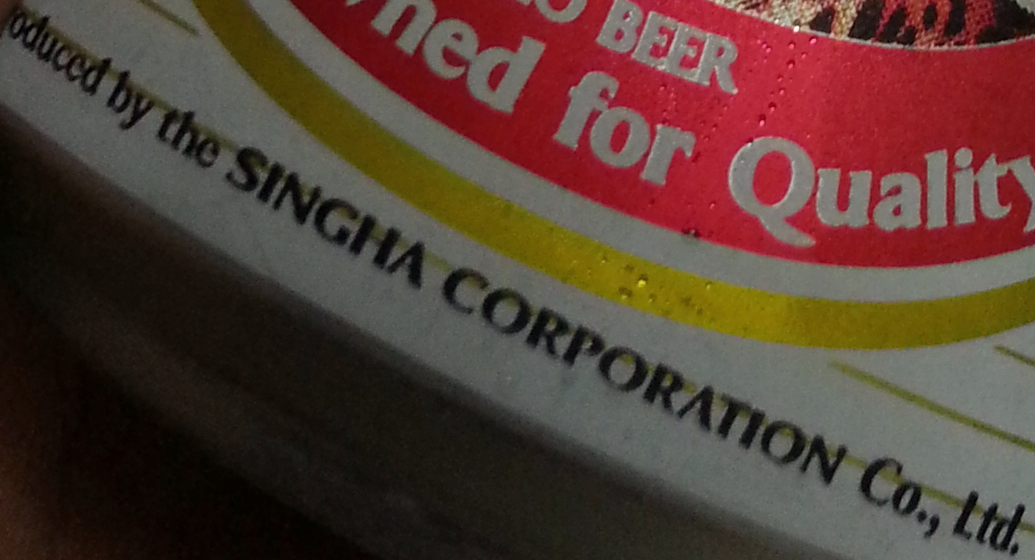
oduced by the SINGHA CORPORATION Co., Ltd.